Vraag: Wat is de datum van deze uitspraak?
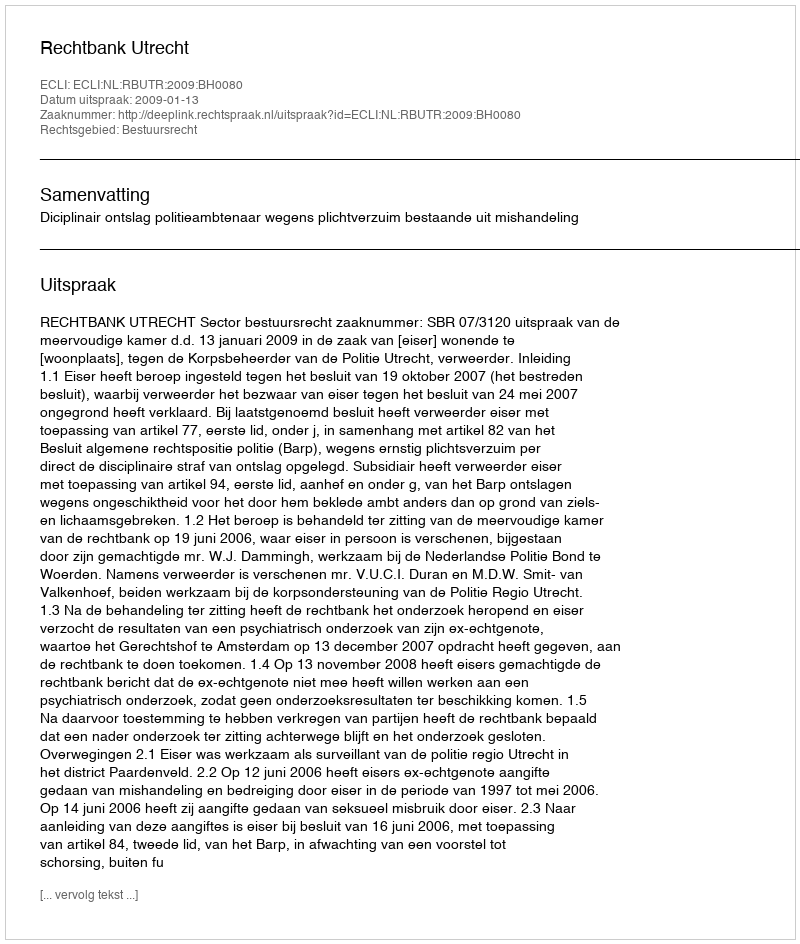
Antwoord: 2009-01-13